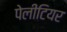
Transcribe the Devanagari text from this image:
पेलीटियर